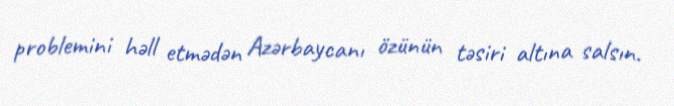
problemini həll etmədən Azərbaycanı özünün təsiri altına salsın.